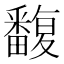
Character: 𤳺